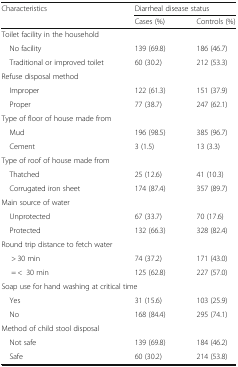
<table><thead><tr><td rowspan="2"><b>Characteristics</b></td><td colspan="2"><b>Diarrheal disease status</b></td></tr><tr><td><b>Cases (%)</b></td><td><b>Controls (%)</b></td></tr></thead><tbody><tr><td colspan="3">Toilet facility in the household</td></tr><tr><td> No facility</td><td>139 (69.8)</td><td>186 (46.7)</td></tr><tr><td> Traditional or improved toilet</td><td>60 (30.2)</td><td>212 (53.3)</td></tr><tr><td colspan="3">Refuse disposal method</td></tr><tr><td> Improper</td><td>122 (61.3)</td><td>151 (37.9)</td></tr><tr><td> Proper</td><td>77 (38.7)</td><td>247 (62.1)</td></tr><tr><td colspan="3">Type of floor of house made from</td></tr><tr><td> Mud</td><td>196 (98.5)</td><td>385 (96.7)</td></tr><tr><td> Cement</td><td>3 (1.5)</td><td>13 (3.3)</td></tr><tr><td colspan="3">Type of roof of house made from</td></tr><tr><td> Thatched</td><td>25 (12.6)</td><td>41 (10.3)</td></tr><tr><td> Corrugated iron sheet</td><td>174 (87.4)</td><td>357 (89.7)</td></tr><tr><td colspan="3">Main source of water</td></tr><tr><td> Unprotected</td><td>67 (33.7)</td><td>70 (17.6)</td></tr><tr><td> Protected</td><td>132 (66.3)</td><td>328 (82.4)</td></tr><tr><td colspan="3">Round trip distance to fetch water</td></tr><tr><td>&gt; 30 min</td><td>74 (37.2)</td><td>171 (43.0)</td></tr><tr><td>= &lt;30 min</td><td>125 (62.8)</td><td>227 (57.0)</td></tr><tr><td colspan="3">Soap use for hand washing at critical time</td></tr><tr><td> Yes</td><td>31 (15.6)</td><td>103 (25.9)</td></tr><tr><td> No</td><td>168 (84.4)</td><td>295 (74.1)</td></tr><tr><td colspan="3">Method of child stool disposal</td></tr><tr><td> Not safe</td><td>139 (69.8)</td><td>184 (46.2)</td></tr><tr><td> Safe</td><td>60 (30.2)</td><td>214 (53.8)</td></tr></tbody></table>